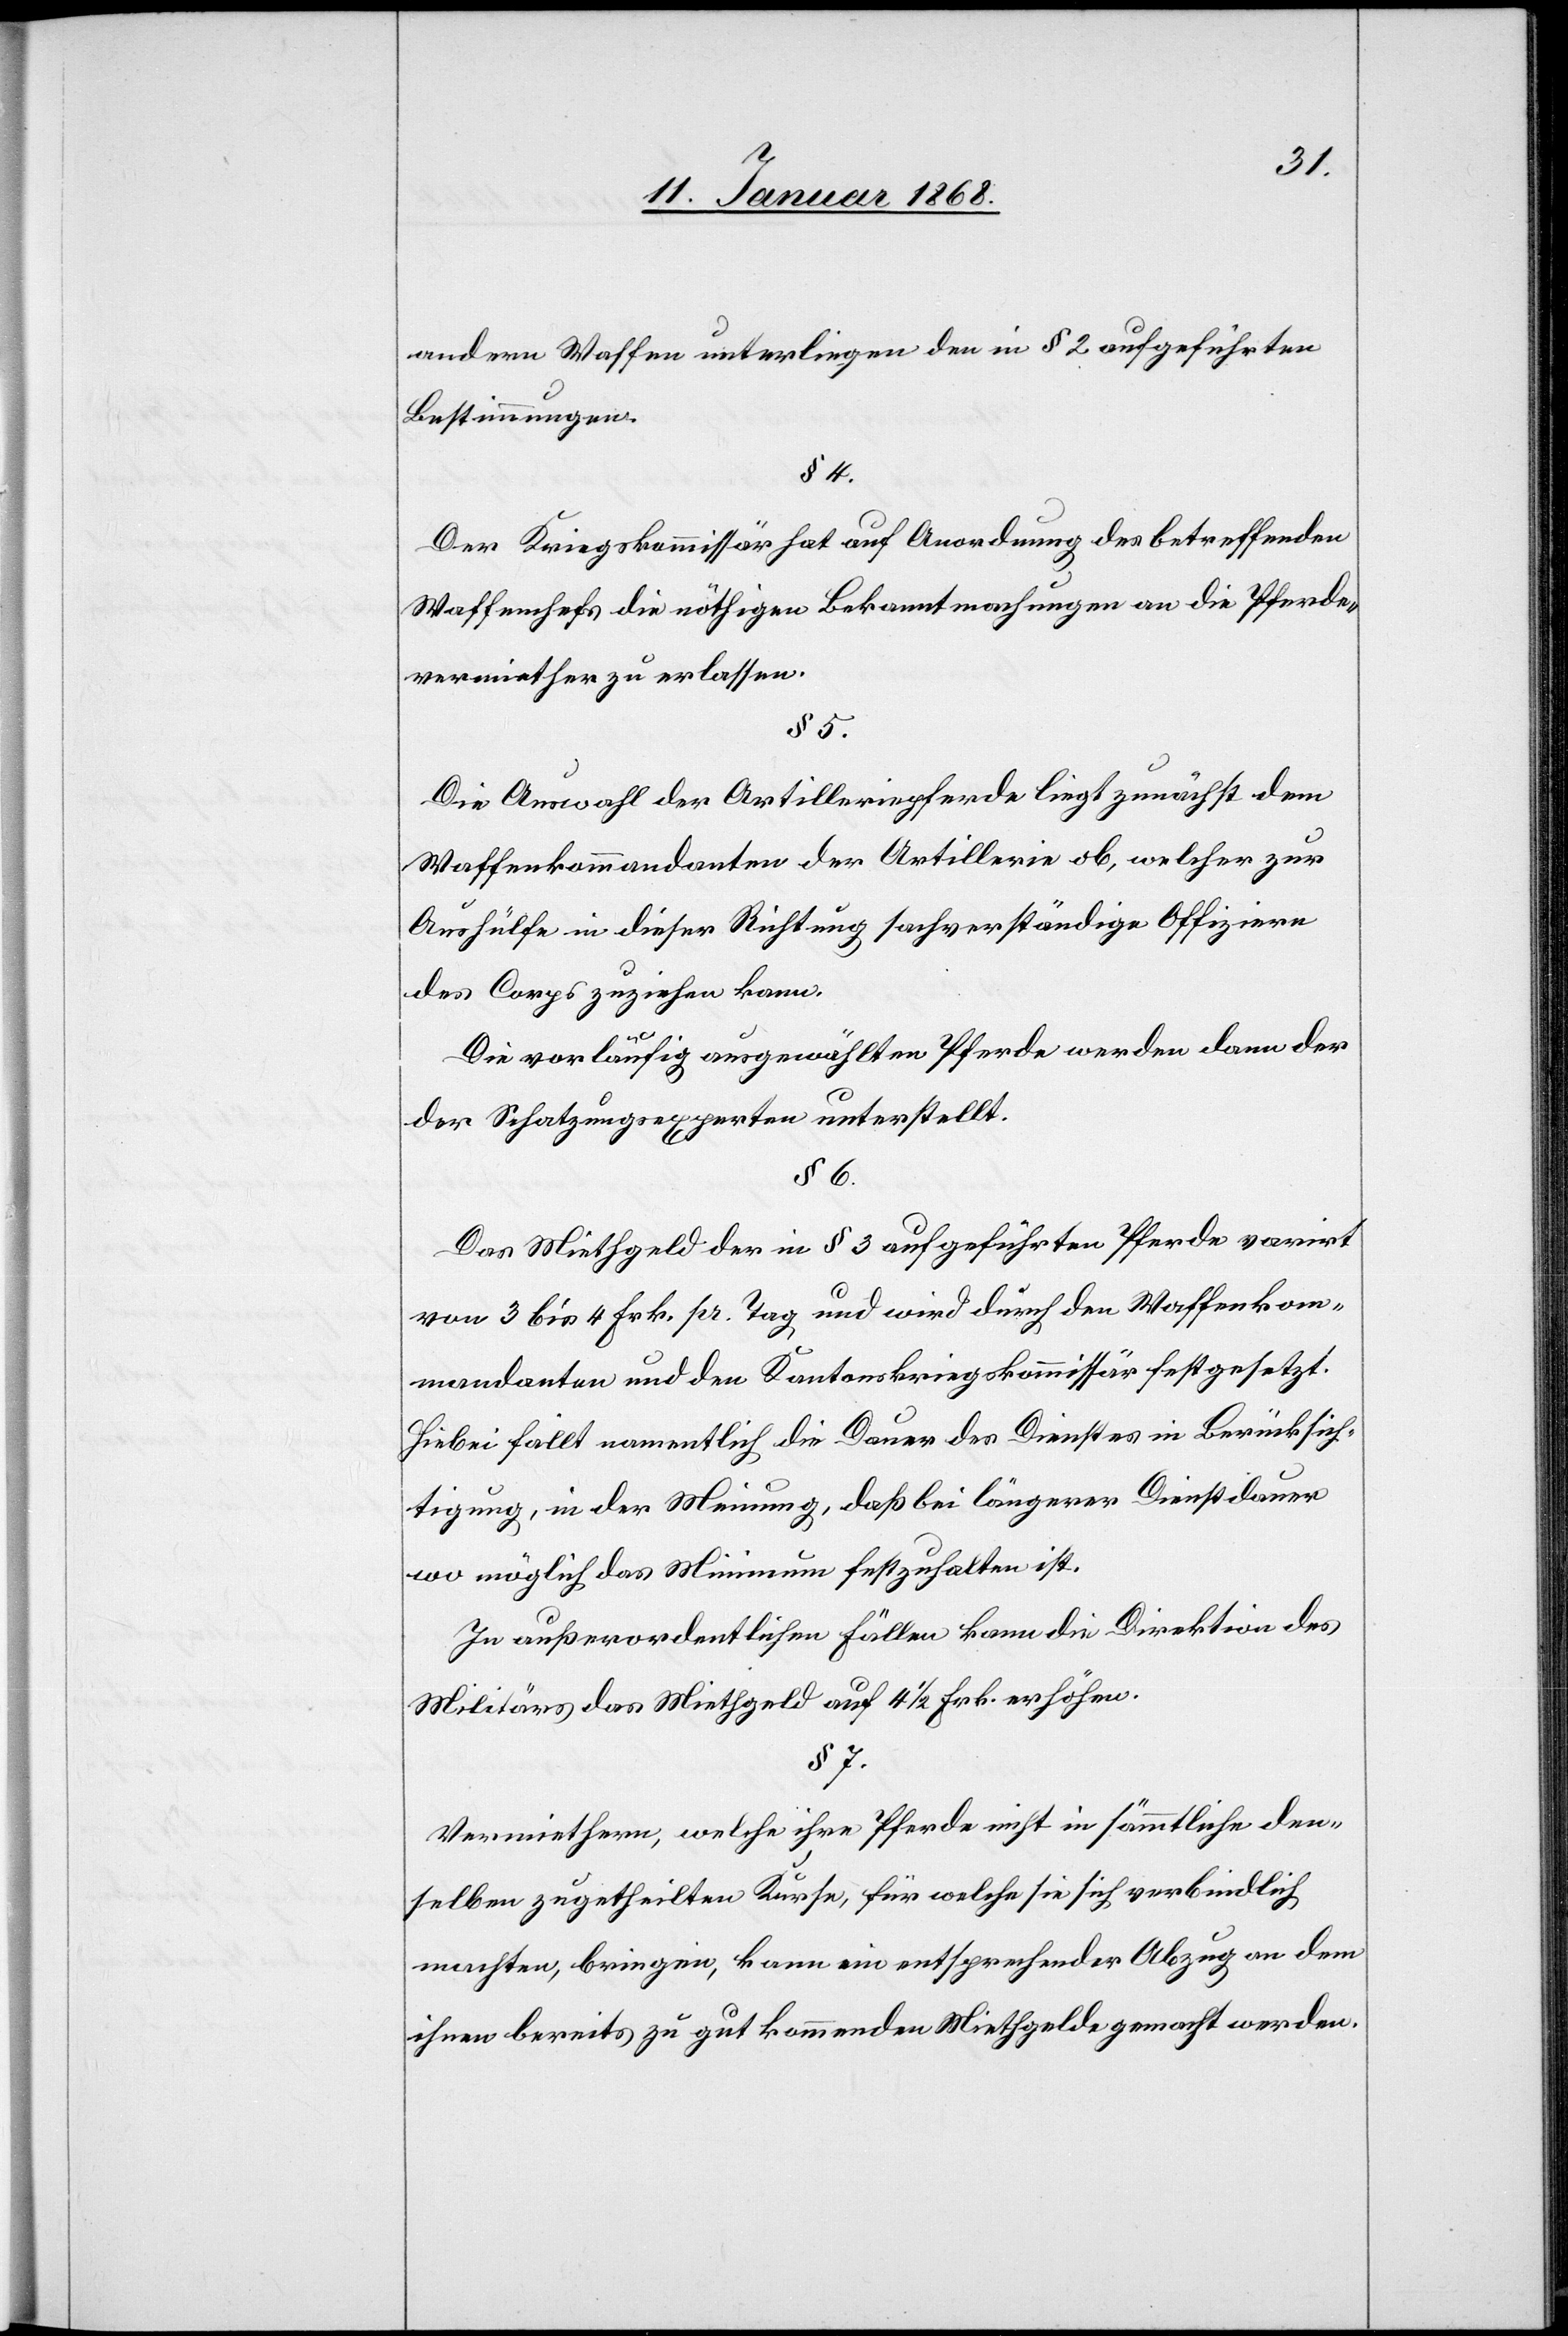
andern Waffen unterliegen den in § 2 aufgeführten
Bestimmungen.
§ 4.
Der Kriegskommissär hat auf Anordnung des betreffenden
Waffenchefs die nöthigen Bekanntmachungen an die Pferde¬
vermiether zu erlassen.
§ 5.
Die Auswahl der Artilleriepferde liegt zunächst dem
Waffenkommandanten der Artillerie ob, welcher zu
Aushülfe in dieser Richtung sachverständige Offiziere
des Corps zuziehen kann.
Die vorläufig ausgewählten Pferde werden dann der
der Schatzungsexperten unterstellt.
§ 6.
Das Miethgeld der in § 3 aufgeführten Pferde varirt
von 3 bis 4 Frk. pr. Tag und wird durch den Waffenkom¬
mandanten und den Kantonskriegskommissär festgesetzt.
Hiebei fällt namentlich die Dauer des Dienstes in Berücksich¬
tigung, in der Meinung, daß bei längerer Dienstdauer
wo möglich das Minimum festzuhalten ist.
In außerordentlichen Fällen kann die Direktion des
Militärs das Miethgeld auf 4 1/2 Frk. erhöhen.
§ 7.
Vermiethern, welche ihre Pferde nicht in sämmtliche den¬
selben zugetheilten Kurse, für welche sie sich verbindlich
machten, bringen, kann ein entsprechender Abzug an dem
ihnen bereits zu gut kommenden Miethgelde gemacht werden.